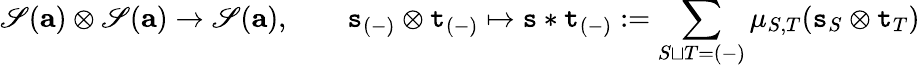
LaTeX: \mathscr{S}(\textbf{a})\otimes\mathscr{S}(\textbf{a})\to\mathscr{S}(\textbf{a}),\qquad{\mathtt{s}}_{(-)}\otimes{\mathtt{t}}_{(-)}\mapsto{\mathtt{s}}\ast{\mathtt{t}}_{(-)}:=\sum_{S\sqcup T=(-)}\mu_{S,T}({\mathtt{s}}_{S}\otimes{\mathtt{t}}_{T})